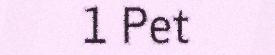
1 Pet